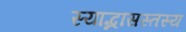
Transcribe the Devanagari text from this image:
स्याद्भासस्तस्य